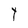
Character: Y